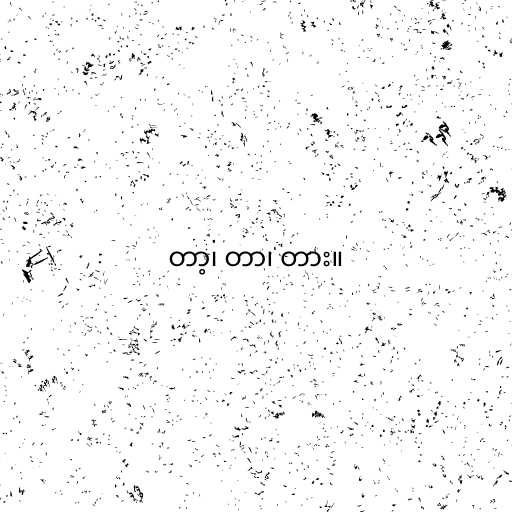
တာ့၊ တာ၊ တား။